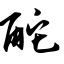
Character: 酡